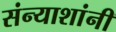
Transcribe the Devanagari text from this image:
संन्याशांनी